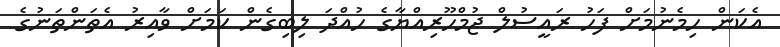
އެކަން ހިމެނުމަށް ފަހު ރައީސުލް ޖުމްހޫރިއްޔާގެ ހުއްދަ ލިބިގެން ކަމަށް ވާއިރު އެތަންތަނުގެ